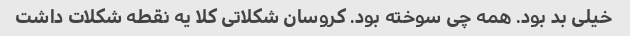
خیلی بد بود. همه چی سوخته بود. کروسان شکلاتی کلا یه نقطه شکلات داشت